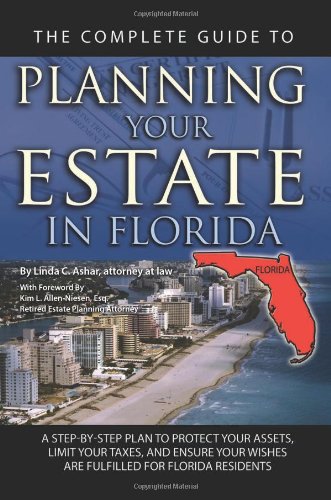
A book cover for The Complete Guide to Planning Your Estate in Florida: A Step-by-Step Plan to Protect Your Assets, Limit Your Taxes, and Ensure Your Wishes Are Fulfilled for Florida Residents; Linda C. Ashar  Attorney at Law; Law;